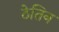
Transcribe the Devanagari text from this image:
ठेतिन